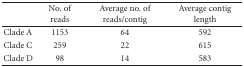
<table><thead><tr><td></td><td><b>No. of reads</b></td><td><b>Average no. of reads/contig</b></td><td><b>Average contig length </b></td></tr></thead><tbody><tr><td>Clade A</td><td>1153</td><td>64</td><td>592</td></tr><tr><td>Clade C</td><td>259</td><td>22</td><td>615</td></tr><tr><td>Clade D</td><td>98</td><td>14</td><td>583</td></tr></tbody></table>